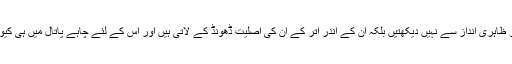
آپ معاملات کو ظاہری انداز سے نہیں دیکھتیں بلکہ ان کے اندر اتر کے ان کی اصلیت ڈھونڈ کے لاتی ہیں اور اس کے لئے چاہے پاتال میں ہی کیوں نہ جانا پڑے۔